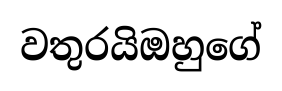
වතුරයිඔහුගේ